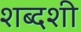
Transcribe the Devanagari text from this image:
शब्दशी